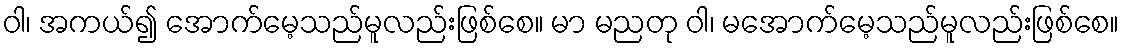
ဝါ၊ အကယ်၍ အောက်မေ့သည်မူလည်းဖြစ်စေ။ မာ မညတု ဝါ၊ မအောက်မေ့သည်မူလည်းဖြစ်စေ။